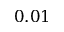
0 . 0 1